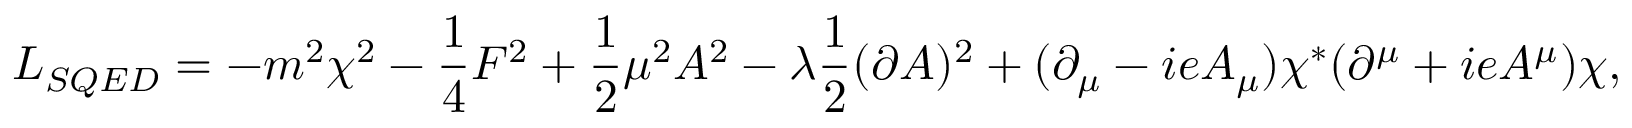
{ \cal L } _ { S Q E D } = - m ^ { 2 } \chi ^ { 2 } - \frac { 1 } { 4 } F ^ { 2 } + \frac { 1 } { 2 } \mu ^ { 2 } A ^ { 2 } - \lambda \frac { 1 } { 2 } ( \partial A ) ^ { 2 } + ( \partial _ { \mu } - i e A _ { \mu } ) \chi ^ { * } ( \partial ^ { \mu } + i e A ^ { \mu } ) \chi ,